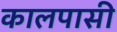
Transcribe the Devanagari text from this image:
कालपासी